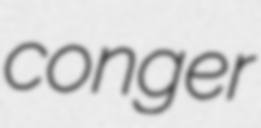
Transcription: conger